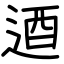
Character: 逎